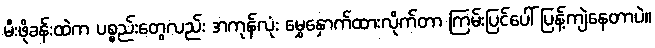
မီးဖိုခန်းထဲက ပစ္စည်းတွေလည်း အကုန်လုံး မွှေနှောက်ထားလိုက်တာ ကြမ်းပြင်ပေါ် ပြန့်ကျဲနေတာပဲ။